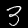
Label: 3